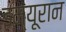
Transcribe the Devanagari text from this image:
इम्यूरान